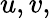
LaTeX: u,v,